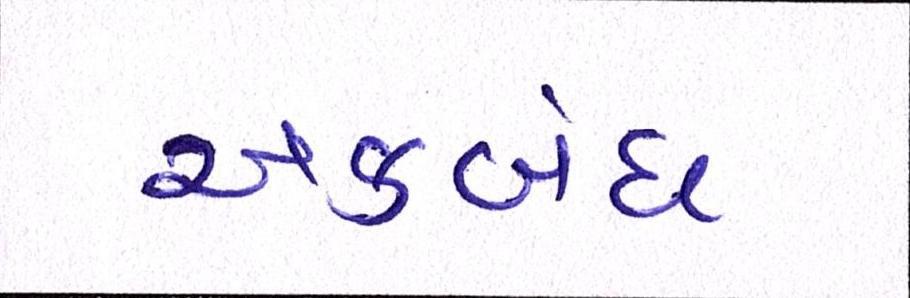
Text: અકબંધ